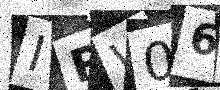
Text: IRW06Y